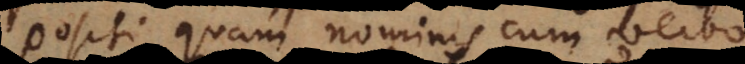
positi quam nominis cum verbo